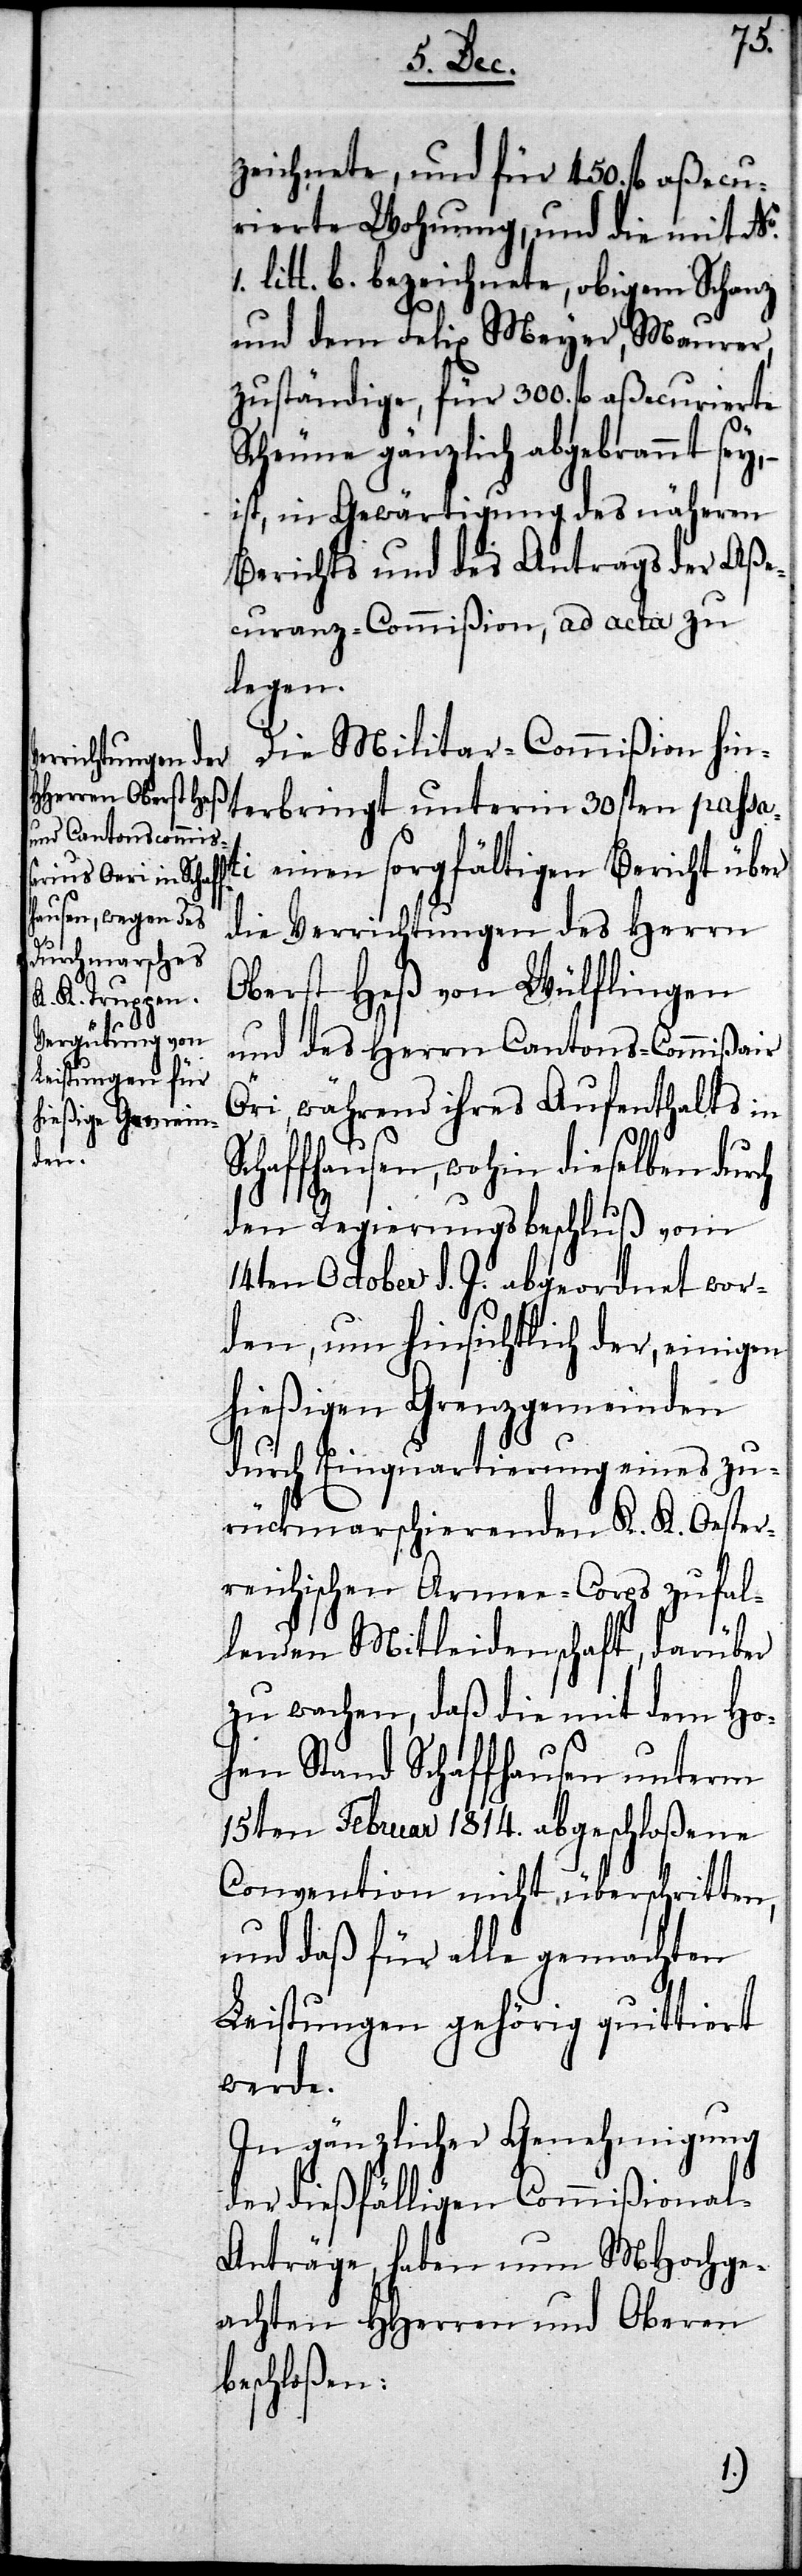
zeichnete, und für 450. fl aßecu¬
rierte Wohnung, und die mit No.
litt. b. bezeichnete, obigem Schanz
und dem Felix Meyer, Maurer,
zuständige, für 300. fl aßecurierte
Scheune gänzlich abgebrannt sey, –
ist, in Gewärtigung des näheren
Berichts und des Antrags der Aße¬
curanz-Commißion, ad acta zu
legen.
Die Militar-Commißion hin¬
terbringt unterm 30sten passa¬
ti einen sorgfältigen Bericht über
die Verrichtungen des Herrn
Oberst Heß von Wülflingen
und des Herrn Cantons-Commißair
Öri, während ihres Aufenthalts in
Schaffhausen, wohin dieselben
den Regierungsbeschluß vom
14ten October d. J. abgeordnet wor¬
den, um hinsichtlich der, einigen
hießigen Grenzgemeinden
durch Einquartierung eines zu¬
rückmarschierenden K. K. Oester¬
reichischen Armee-Corps zufal¬
lenden Mitleidenschaft, darüber
zu wachen, daß die mit dem Ho¬
hen Stand Schaffhausen unterm
15ten Februar 1814. abgeschloßene
Convention nicht überschritten,
und daß für alle gemachten
Leistungen gehörig quittiert
werde.
In gänzlicher Genehmigung
der dießfälligen Commißional-A¬
nträge, haben nun MHochge¬
achten HHerren und Oberen
beschloßen: